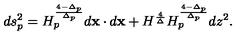
d s _ { p } ^ { 2 } = H _ { p } ^ { \frac { 4 - \Delta _ { p } } { \Delta _ { p } } } d { \bf x } \cdot d { \bf x } + H ^ { \frac { 4 } { \Delta } } H _ { p } ^ { \frac { 4 - \Delta _ { p } } { \Delta _ { p } } } d z ^ { 2 } .